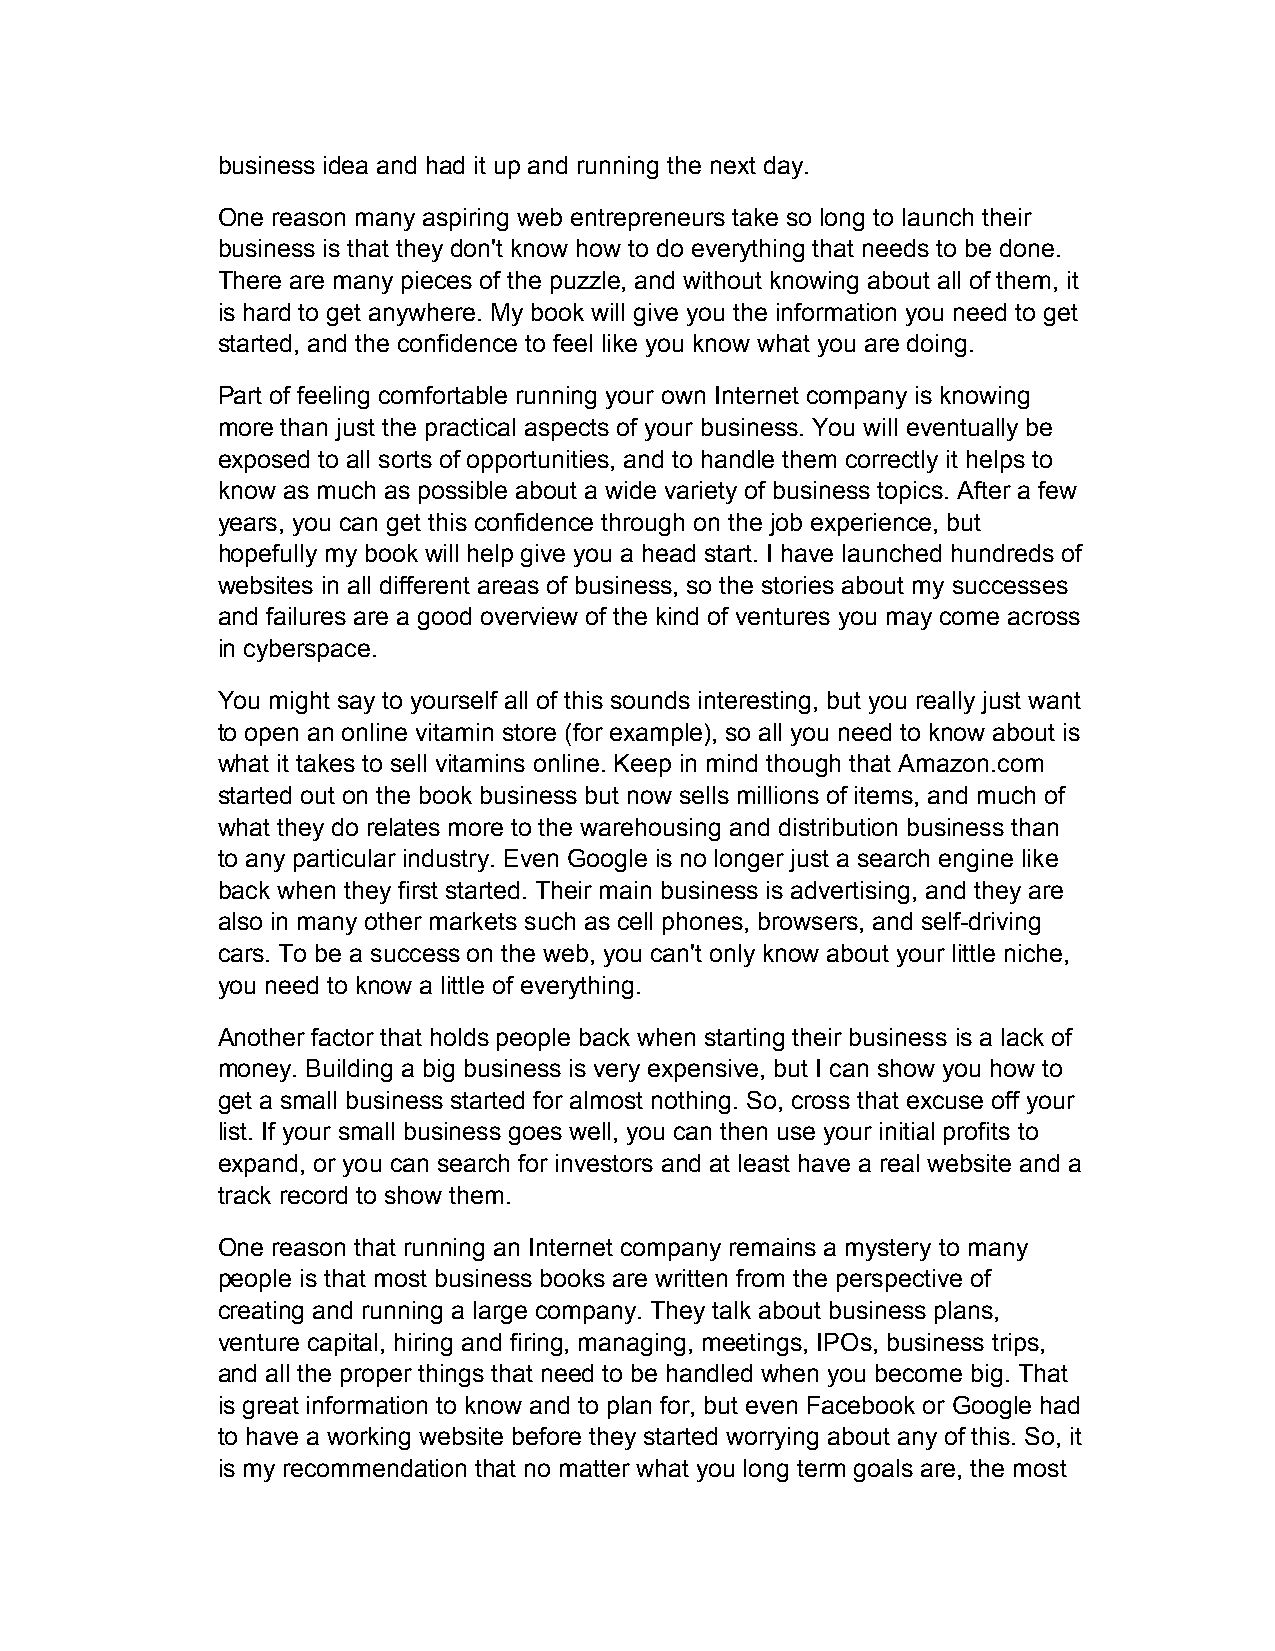
business idea and had it up and running the next day.
 One reason many aspiring web entrepreneurs take so long to launch their
 business is that they don't know how to do everything that needs to be done.
 There are many pieces of the puzzle, and without knowing about all of them, it
 is hard to get anywhere. My book will give you the information you need to get
 started, and the confidence to feel like you know what you are doing.
 Part of feeling comfortable running your own Internet company is knowing
 more than just the practical aspects of your business. You will eventually be
 exposed to all sorts of opportunities, and to handle them correctly it helps to
 know as much as possible about a wide variety of business topics. After a few
 years, you can get this confidence through on the job experience, but
 hopefully my book will help give you a head start. I have launched hundreds of
 websites in all different areas of business, so the stories about my successes
 and failures are a good overview of the kind of ventures you may come across
 in cyberspace.
 You might say to yourself all of this sounds interesting, but you really just want
 to open an online vitamin store (for example), so all you need to know about is
 what it takes to sell vitamins online. Keep in mind though that Amazon.com
 started out on the book business but now sells millions of items, and much of
 what they do relates more to the warehousing and distribution business than
 to any particular industry. Even Google is no longer just a search engine like
 back when they first started. Their main business is advertising, and they are
 also in many other markets such as cell phones, browsers, and self-driving
 cars. To be a success on the web, you can't only know about your little niche,
 you need to know a little of everything.
 Another factor that holds people back when starting their business is a lack of
 money. Building a big business is very expensive, but I can show you how to
 get a small business started for almost nothing. So, cross that excuse off your
 list. If your small business goes well, you can then use your initial profits to
 expand, or you can search for investors and at least have a real website and a
 track record to show them.
 One reason that running an Internet company remains a mystery to many
 people is that most business books are written from the perspective of
 creating and running a large company. They talk about business plans,
 venture capital, hiring and firing, managing, meetings, IPOs, business trips,
 and all the proper things that need to be handled when you become big. That
 is great information to know and to plan for, but even Facebook or Google had
 to have a working website before they started worrying about any of this. So, it
 is my recommendation that no matter what you long term goals are, the most